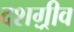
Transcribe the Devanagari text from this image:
दशग़्रीव